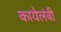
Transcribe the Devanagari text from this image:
कायेलंबी